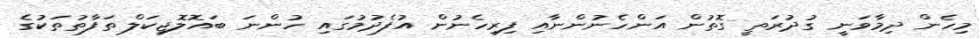
މިހެން ދިމާވަނީ ގުދުރަތީ ގޮތުން އަންހެނުންނާއި ފިރިހެނުން އުފެދުމުގައި ހުންނަ ބައޮލޮޖިކަލް ތަފާތުތަކުގެ